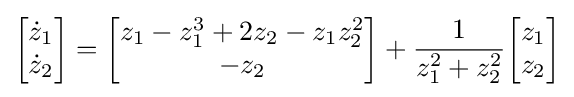
{\begin{bmatrix}{\dot {z}}_{1}\\{\dot {z}}_{2}\end{bmatrix}}={\begin{bmatrix}z_{1}-z_{1}^{3}+2z_{2}-z_{1}z_{2}^{2}\\-z_{2}\end{bmatrix}}+{\frac {1}{z_{1}^{2}+z_{2}^{2}}}{\begin{bmatrix}z_{1}\\z_{2}\end{bmatrix}}